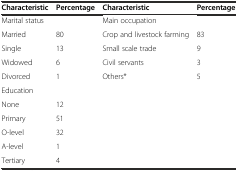
| Characteristic | Percentage | Characteristic | Percentage |
 | --- | --- | --- | --- |
 | Marital status |  | Main occupation |  |
 | Married | 80 | Crop and livestock farming | 83 |
 | Single | 13 | Small scale trade | 9 |
 | Widowed | 6 | Civil servants | 3 |
 | Divorced | 1 | Others* | 5 |
 | Education |  |  |  |
 | None | 12 |  |  |
 | Primary | 51 |  |  |
 | O-level | 32 |  |  |
 | A-level | 1 |  |  |
 | Tertiary | 4 |  |  |